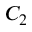
C _ { 2 }